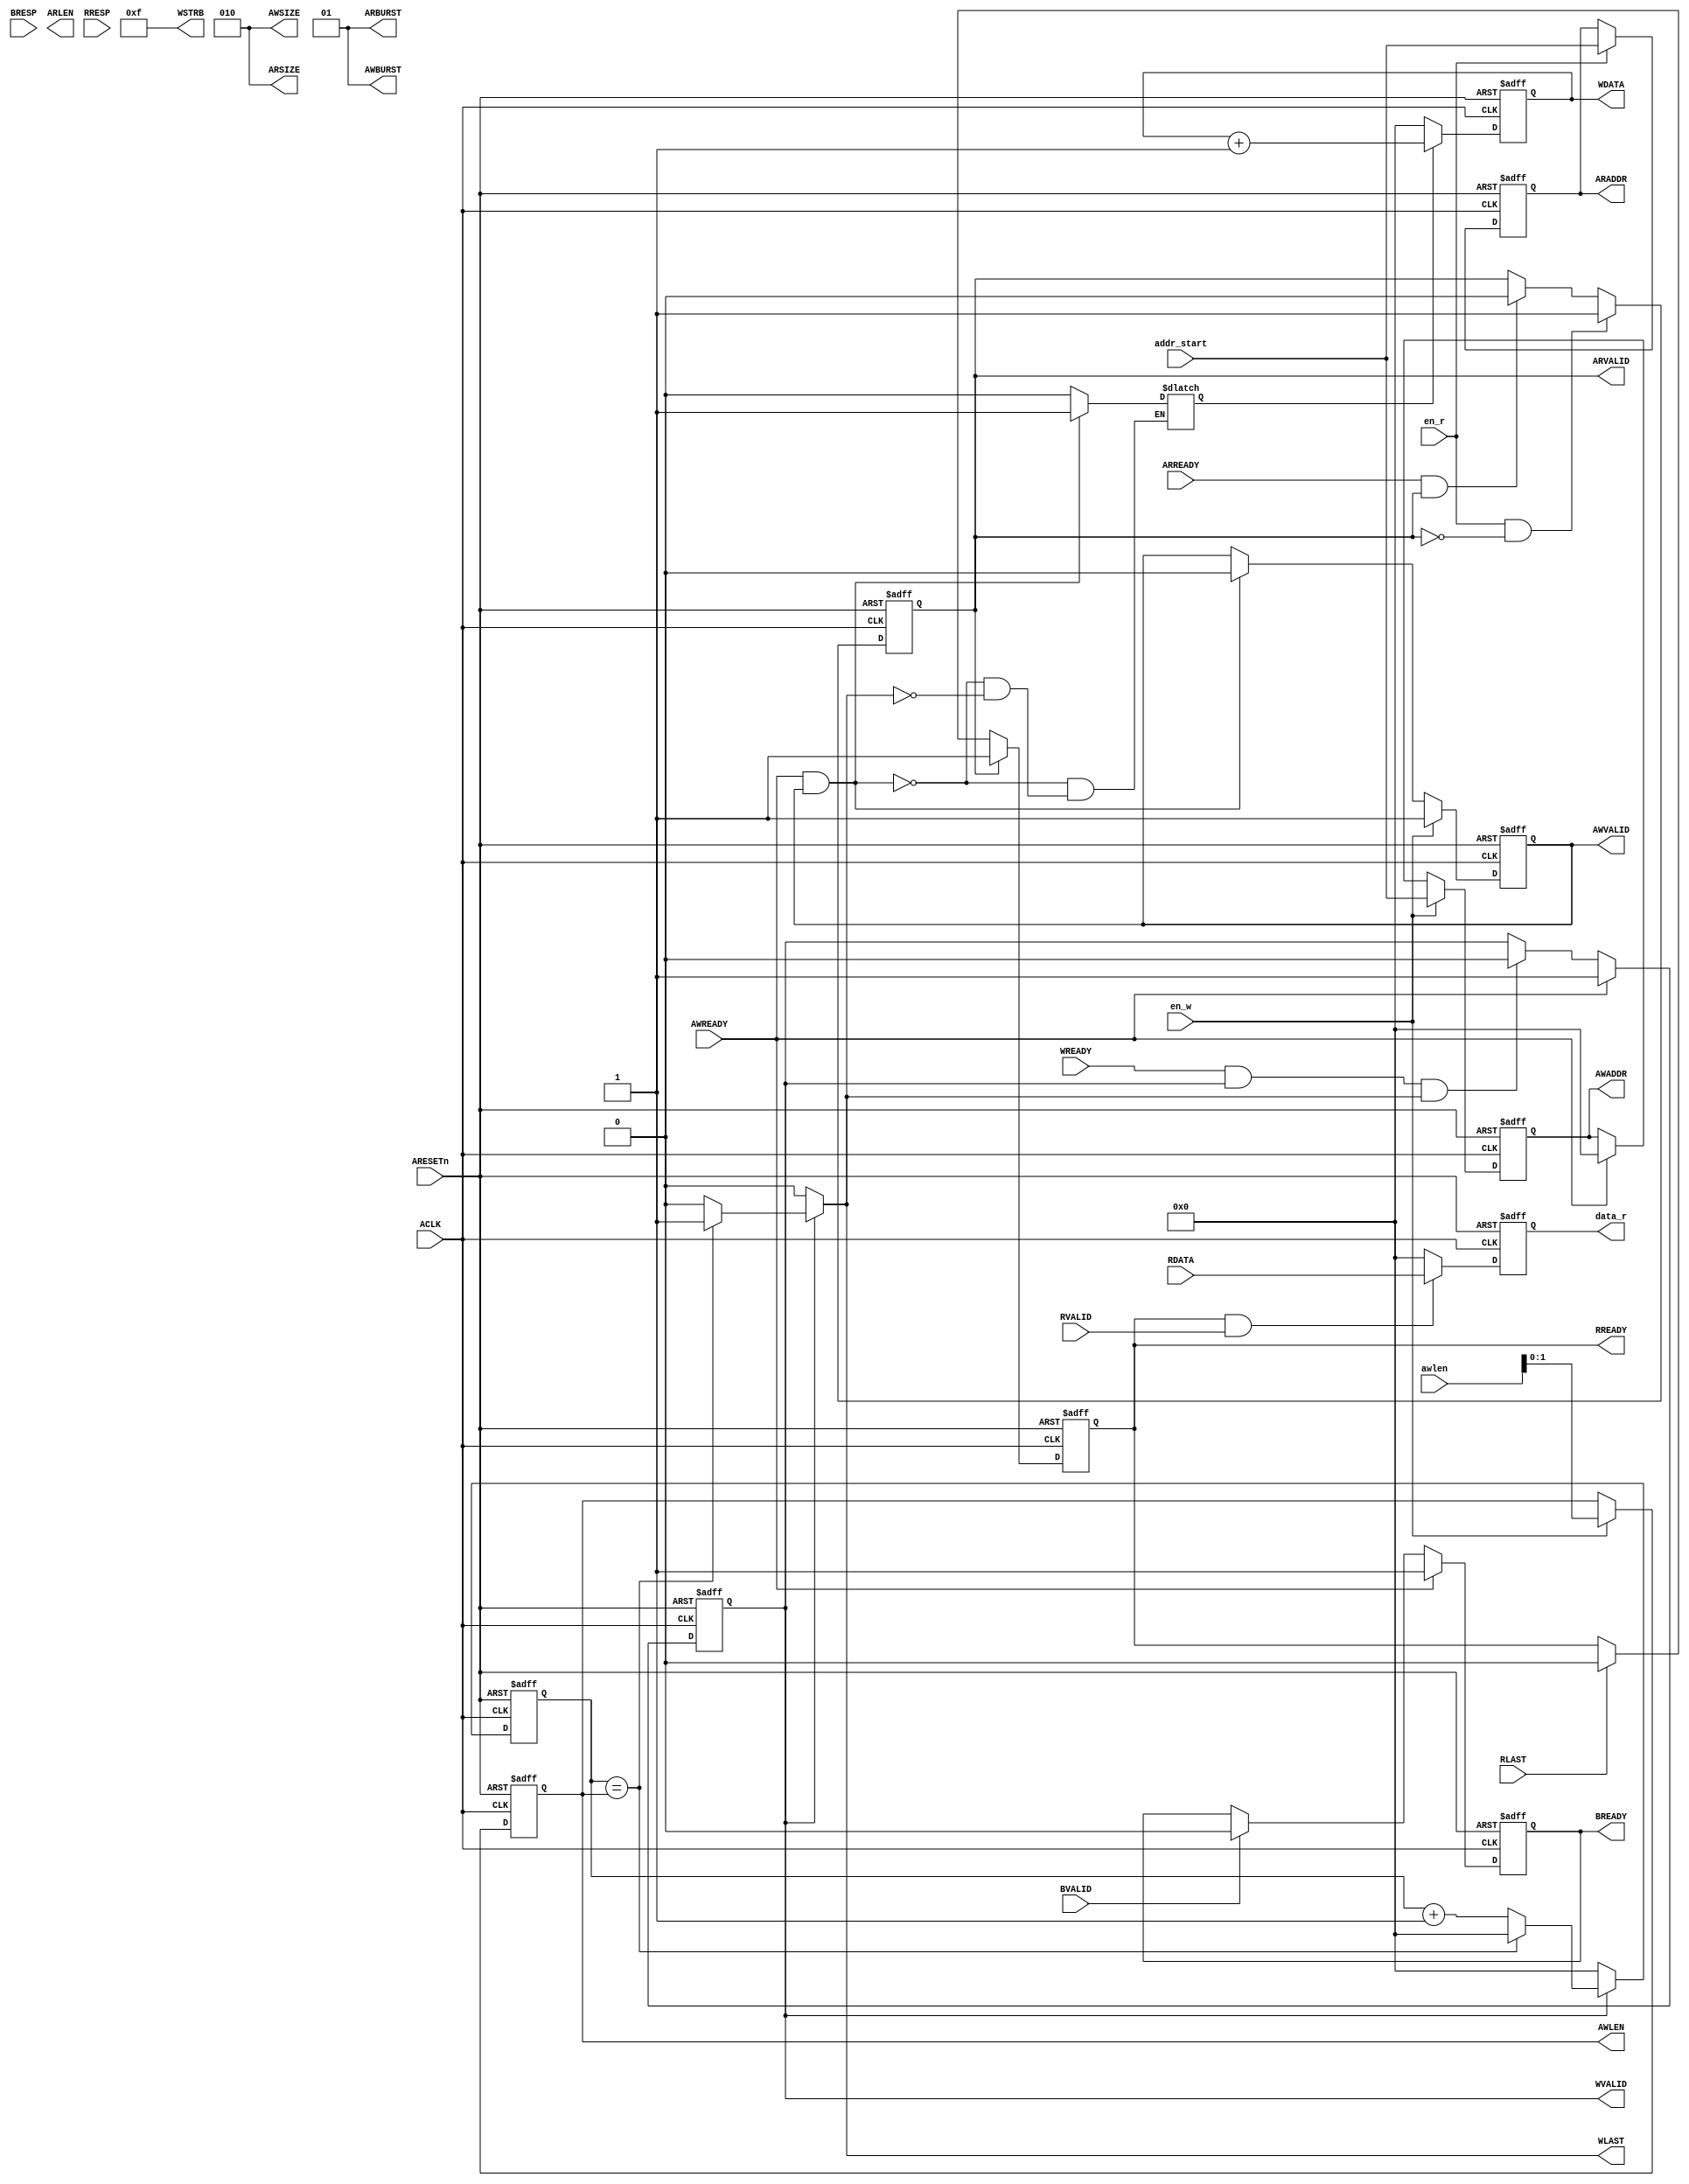
//=============================================================================
//
//Module Name:					AXI_Master.sv
//Department:					Xidian University
//Function Description:	        AXI
//
//------------------------------------------------------------------------------
//
//Version 	Design		Coding		Simulata	  Review		Rel data
//V1.0		Verdvana	Verdvana	Verdvana		  			2020-3-13
//
//------------------------------------------------------------------------------
//
//Version	Modified History
//V1.0		
//
//=============================================================================

`timescale 1ns/1ns

module AXI_Master#(
    parameter   DATA_WIDTH  = 32,             //
                ADDR_WIDTH  = 32,               //              
                ID_WIDTH    = 4,               //ID
                STRB_WIDTH  = (DATA_WIDTH/8)    //STRB
)(
    input               ACLK,
    input      	        ARESETn,
    
    output reg [ADDR_WIDTH-1:0]   AWADDR,
    output  [1:0]    AWBURST,
    output reg [1:0]	AWLEN,
    output [STRB_WIDTH-1:0]   WSTRB,
    output reg          AWVALID,
    output [2:0]    AWSIZE,
    
    input               AWREADY,
    
    output reg [DATA_WIDTH-1:0] WDATA,
    output reg          WLAST,
    output reg          WVALID,
    input               WREADY,
    
    input  [1:0]        BRESP,
    input               BVALID,
    output reg          BREADY,
    
    
    output reg [ADDR_WIDTH-1:0]   ARADDR,
    output      [7:0]    ARLEN,
    output      [2:0]    ARSIZE,
    output      [1:0]    ARBURST,
    output reg          ARVALID,
    input               ARREADY,
    
    input  [DATA_WIDTH-1:0]     RDATA,
    input               RLAST,
    input               RVALID,
    input  [1:0]        RRESP,
    output reg	 		RREADY,
    
    input               en_w,
    input               en_r,
    input  [3:0]        awlen,
    input  [ADDR_WIDTH-1:0]       addr_start,
    output reg [DATA_WIDTH-1:0] data_r
);

    parameter   TCO =   0;
    assign ARBURST = 2'b01;//fixed 01 = incer
    assign AWBURST = 2'b01;//fixed
    assign  ARSIZE = 3'b010;//32BITS
    assign  AWSIZE = 3'b010;
    assign WSTRB = 4'b1111;//all enabled
    
    
    //=========================================================
    //

    always@(posedge ACLK, negedge ARESETn)begin
        if(!ARESETn)
            AWVALID <= #TCO 0;
        else if(en_w)
            AWVALID <= #TCO 1;
        else if(AWREADY&&AWVALID)
            AWVALID <= #TCO 0;
        else
            AWVALID <= #TCO AWVALID;
    end

    always@(posedge ACLK, negedge ARESETn)begin
        if(!ARESETn)
            AWLEN <= #TCO 0;
        else if(en_w)
            AWLEN <= #TCO awlen;
        else
            AWLEN <= #TCO AWLEN;
    end


    always@(posedge ACLK, negedge ARESETn)begin
        if(!ARESETn)
            AWADDR <= #TCO 0;
        else if(en_w)
            AWADDR <= #TCO addr_start;
        else if(AWREADY)
            AWADDR <= #TCO 0;
    end


    //=========================================================

    always@(posedge ACLK, negedge ARESETn)begin
        if(!ARESETn)
            WVALID <= #TCO 0;
        else if(AWREADY)
            WVALID <= #TCO 1;
        else if(WREADY&&WVALID&&WLAST)
            WVALID <= #TCO 0;
        else
            WVALID <= #TCO WVALID;
    end

    reg en_data_w;

    always@(*)begin
        if(AWREADY&&AWVALID)
            en_data_w = 1;
        else if(WLAST)
            en_data_w = 0;
        else
            en_data_w = en_data_w;
    end

    always@(posedge ACLK, negedge ARESETn)begin
        if(!ARESETn)
            WDATA <= #TCO 0;
        else if(en_data_w)
            WDATA <= #TCO WDATA+1;
        else
            WDATA <= #TCO 0;
    end

    reg [ADDR_WIDTH-1:0] cnt_addr;

    always@(posedge ACLK, negedge ARESETn)begin
        if(!ARESETn)
            cnt_addr <= #TCO 0;
        else if(WVALID) begin
            if(cnt_addr==AWLEN)
                cnt_addr <= #TCO 0;
            else
                cnt_addr <= #TCO cnt_addr+1;
        end
        else
            cnt_addr <= #TCO 0;
    end
        

    always@(*) begin
        if(WVALID)begin
            if(cnt_addr==AWLEN)
                WLAST = 1;
            else
                WLAST = 0;
        end
        else
            WLAST = 0;
    end

    //=========================================================
    //

    always@(posedge ACLK, negedge ARESETn)begin
        if(!ARESETn)
            BREADY <= #TCO 0;
        else if(AWREADY)
            BREADY <= #TCO 1;
        else if(BVALID)
            BREADY <= #TCO 0;
        else
            BREADY <= #TCO BREADY;
    end


    //=========================================================
    //

    always@(posedge ACLK, negedge ARESETn)begin
        if(!ARESETn)
            ARVALID <= #TCO 0;
        else if(en_r&&~ARVALID)
            ARVALID <= #TCO 1;
        else if(ARREADY&&ARVALID)
            ARVALID <= #TCO 0;
        else
            ARVALID <= #TCO ARVALID;
    end

    always@(posedge ACLK, negedge ARESETn)begin
        if(!ARESETn)
            ARADDR <= #TCO 0;
        else if(en_r)
            ARADDR <= #TCO addr_start;
        else
            ARADDR <= #TCO ARADDR;
    end

    //=========================================================


    always@(posedge ACLK, negedge ARESETn)begin
        if(!ARESETn)
            RREADY <= #TCO 0;
        else if(ARVALID)
            RREADY <= #TCO 1;
        else if(RLAST)
            RREADY <= #TCO 0;
        else
            RREADY <= #TCO RREADY;
    end

    always@(posedge ACLK, negedge ARESETn)begin
        if(!ARESETn)
            data_r <= #TCO 0;
        else if(RREADY&&RVALID)
            data_r <= #TCO RDATA;
        else
            data_r <= #TCO 0;
    end

endmodule